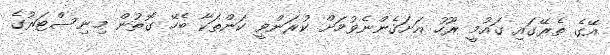
އޭގެ ތެރޭގައި ގައުމީ ރޫހު އަށަގެންނެވުމަށް ކުރަންވީ ކަންތަކާ ބެހޭ ގޮތުން މިނިސްޓަރުގެ